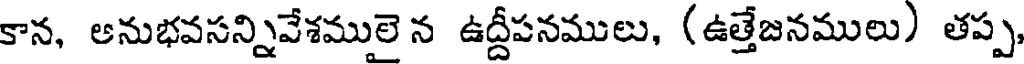
కాన, అనుభవసన్నివేశములై న ఉద్దీపనములు, (ఉత్తేజనములు) తప్ప,